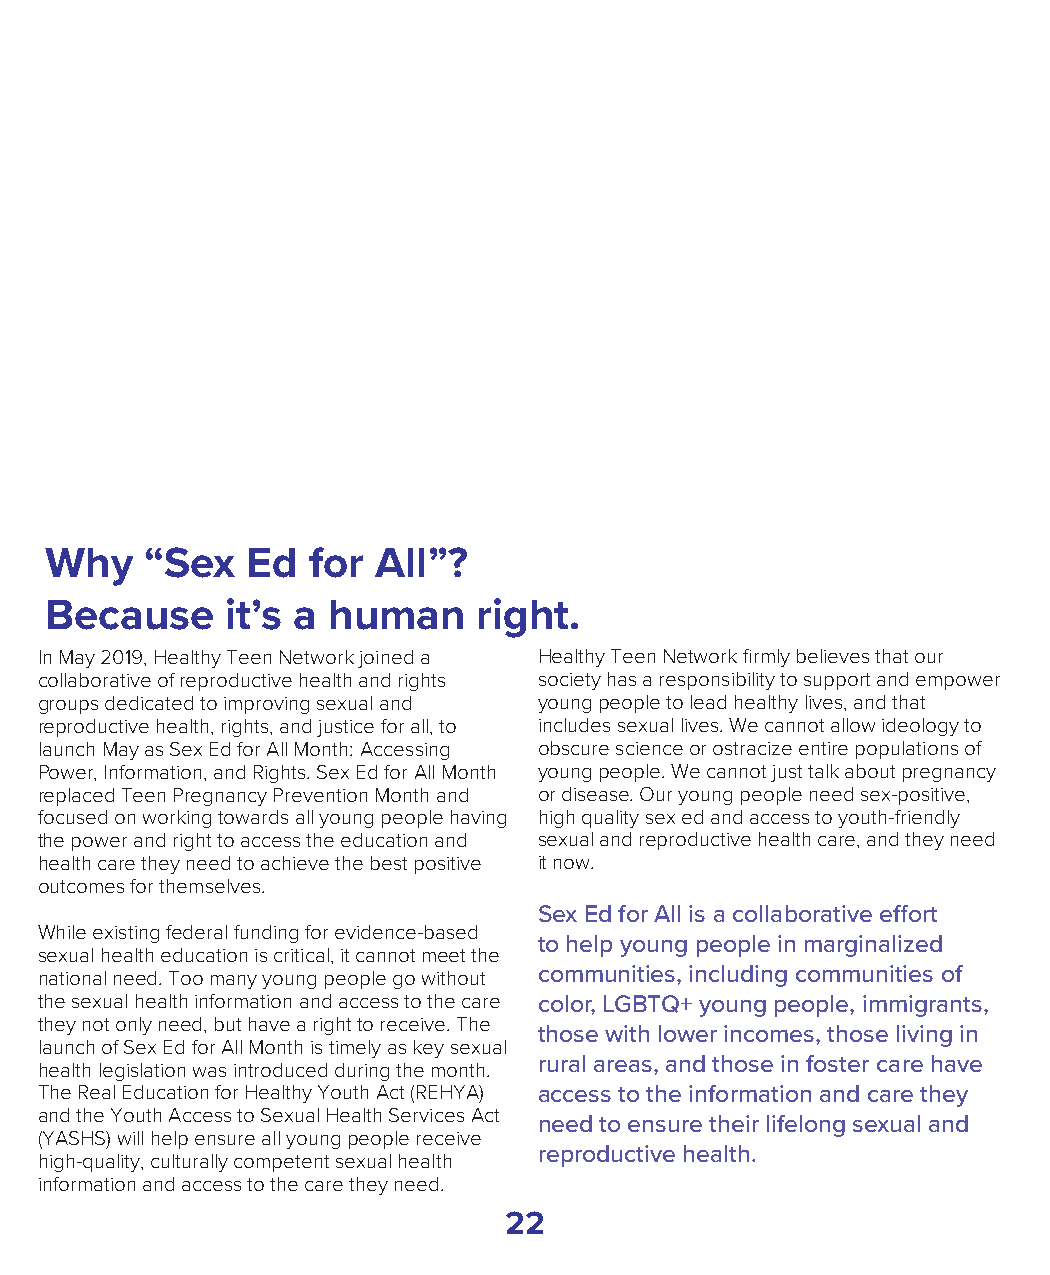
Why    “Sex  Ed  for  All”?
 Because     it’s a human     right.
 In May 2019, Healthy Teen Network joined a Healthy Teen Network firmly believes that our
 collaborative of reproductive health and rights society has a responsibility to support and empower
 groups dedicated to improving sexual and young people to lead healthy lives, and that
 reproductive health, rights, and justice for all, to includes sexual lives. We cannot allow ideology to
 launch May as Sex Ed for All Month: Accessing obscure science or ostracize entire populations of
 Power, Information, and Rights. Sex Ed for All Month young people. We cannot just talk about pregnancy
 replaced Teen Pregnancy Prevention Month and or disease. Our young people need sex-positive,
 focused on working towards all young people having high quality sex ed and access to youth-friendly
 the power and right to access the education and sexual and reproductive health care, and they need
 health care they need to achieve the best positive it now.
 outcomes for themselves.
 Sex Ed for All is a collaborative effort
 While existing federal funding for evidence-based
 to help young people in marginalized
 sexual health education is critical, it cannot meet the
 national need. Too many young people go without communities, including communities of
 the sexual health information and access to the care color, LGBTQ+ young people, immigrants,
 they not only need, but have a right to receive. The
 those with lower incomes, those living in
 launch of Sex Ed for All Month is timely as key sexual
 rural areas, and those in foster care have
 health legislation was introduced during the month.
 The Real Education for Healthy Youth Act (REHYA) access to the information and care they
 and the Youth Access to Sexual Health Services Act
 need to ensure their lifelong sexual and
 (YASHS) will help ensure all young people receive
 reproductive health.
 high-quality, culturally competent sexual health
 information and access to the care they need.
 22